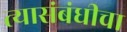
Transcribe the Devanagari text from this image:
त्यासंबंधीचा